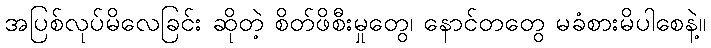
အပြစ်လုပ်မိလေခြင်း ဆိုတဲ့ စိတ်ဖိစီးမှုတွေ၊ နောင်တတွေ မခံစားမိပါစေနဲ့။